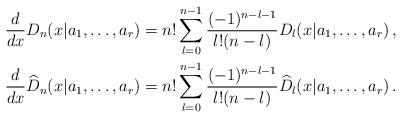
LaTeX: \begin{align*}\frac{d}{dx}D_n(x|a_1,\dots,a_r)&=n!\sum_{l=0}^{n-1}\frac{(-1)^{n-l-1}}{l!(n-l)}D_l(x|a_1,\dots,a_r)\,,\\\frac{d}{dx}\widehat D_n(x|a_1,\dots,a_r)&=n!\sum_{l=0}^{n-1}\frac{(-1)^{n-l-1}}{l!(n-l)}\widehat D_l(x|a_1,\dots,a_r)\,.\end{align*}